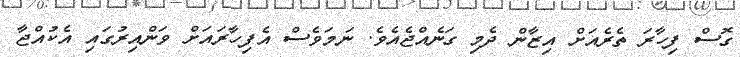
ގޮސް ފިހާރަ ތެރެއަށް އިޒާން ދެމި ގަނެއްޖެއެވެ. ނަމަވެސް އެފިހާރައަށް ވަންއިރުގައި އެކުއްޖާ